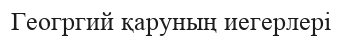
Геогргий қаруның иегерлері